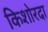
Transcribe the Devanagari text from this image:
किशोरदा